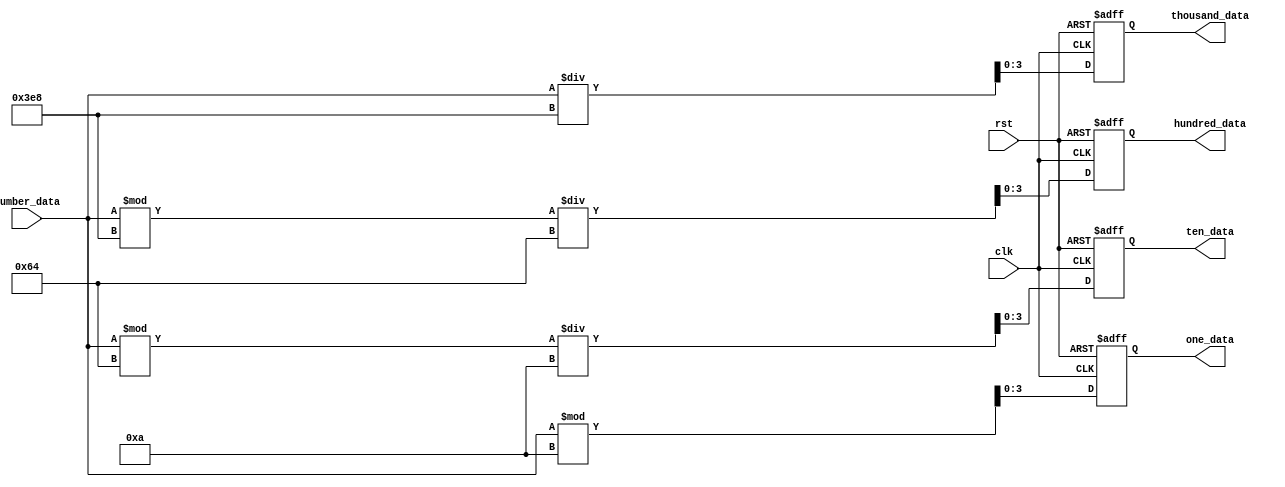
`timescale 1ns / 1ps
//////////////////////////////////////////////////////////////////////////////////
// Company: 
// Engineer: 
// 
// Design Name: 
// Module Name: seg_display
// Project Name: 
// Target Devices: 
// Tool Versions: 
// Description: 
// 
// Dependencies: 
// 
// Revision:
// Revision 0.01 - File Created
// Additional Comments:
// 
//////////////////////////////////////////////////////////////////////////////////


//**********   get_number   ************//
module get_number(clk, rst, number_data, one_data, ten_data, hundred_data, thousand_data);

input   clk, rst;
input   [15:0]  number_data;
output  [3:0]   one_data, ten_data, hundred_data, thousand_data;

reg [31:0] rone_data, rten_data, rhundred_data, rthousand_data;

always@(posedge clk or negedge rst)
    if(!rst)
    begin
       rone_data     <= 32'd0;
       rten_data     <= 32'd0; 
       rhundred_data <= 32'd0;
       rthousand_data<= 32'd0;
    end
    else
    begin
       rone_data      <= number_data%10;
       rthousand_data <= number_data/1000;
       rhundred_data  <= number_data%1000/100;
       rten_data      <= number_data%100/10;
     end
assign   one_data     = rone_data[3:0];
assign   ten_data     = rten_data[3:0];
assign   hundred_data = rhundred_data[3:0];
assign   thousand_data= rthousand_data[3:0];
     
endmodule


//**********   transform_code   ************//
module transform_code(clk, rst, one_data, ten_data, hundred_data, thousand_data,
                      one_seg_data, ten_seg_data, hundred_seg_data, thousand_seg_data);
input  clk, rst;
input  [3:0] one_data, ten_data, hundred_data, thousand_data;
output [7:0] one_seg_data, ten_seg_data, hundred_seg_data, thousand_seg_data;
reg [7:0]    rone_seg_data, rten_seg_data, rhundred_seg_data, rthousand_seg_data;
parameter  _0 = 8'b00111111, _1 = 8'b00000110, _2 = 8'b01011011, 
	         _3 = 8'b01001111, _4 = 8'b01100110, _5 = 8'b01101101, 
		     _6 = 8'b01111101, _7 = 8'b00000111, _8 = 8'b01111111,
		     _9 = 8'b01101111;
		   
always@(posedge clk or negedge rst)
    if(!rst)
    begin
        rone_seg_data     <= 8'b0000_0000;
    end
    else
        case(one_data)
            4'd0 : rone_seg_data    <= _0;
            4'd1 : rone_seg_data    <= _1;
            4'd2 : rone_seg_data    <= _2;
            4'd3 : rone_seg_data    <= _3;
            4'd4 : rone_seg_data    <= _4;
            4'd5 : rone_seg_data    <= _5;
            4'd6 : rone_seg_data    <= _6;
            4'd7 : rone_seg_data    <= _7;
            4'd8 : rone_seg_data    <= _8;
            4'd9 : rone_seg_data    <= _9;
        endcase
      
always@(posedge clk or negedge rst)
            if(!rst)
            begin
                rten_seg_data     <= 8'b0000_0000;
            end
            else
                case(ten_data)
                    4'd0 : rten_seg_data    <= _0;
                    4'd1 : rten_seg_data    <= _1;
                    4'd2 : rten_seg_data    <= _2;
                    4'd3 : rten_seg_data    <= _3;
                    4'd4 : rten_seg_data    <= _4;
                    4'd5 : rten_seg_data    <= _5;
                    4'd6 : rten_seg_data    <= _6;
                    4'd7 : rten_seg_data    <= _7;
                    4'd8 : rten_seg_data    <= _8;
                    4'd9 : rten_seg_data    <= _9;
                endcase
always@(posedge clk or negedge rst)
                    if(!rst)
                    begin
                        rhundred_seg_data     <= 8'b0000_0000;
                    end
                    else
                        case(hundred_data)
                            4'd0 : rhundred_seg_data    <= _0;
                            4'd1 : rhundred_seg_data    <= _1;
                            4'd2 : rhundred_seg_data    <= _2;
                            4'd3 : rhundred_seg_data    <= _3;
                            4'd4 : rhundred_seg_data    <= _4;
                            4'd5 : rhundred_seg_data    <= _5;
                            4'd6 : rhundred_seg_data    <= _6;
                            4'd7 : rhundred_seg_data    <= _7;
                            4'd8 : rhundred_seg_data    <= _8;
                            4'd9 : rhundred_seg_data    <= _9;
                        endcase
                        
always@(posedge clk or negedge rst)
                            if(!rst)
                            begin
                                rthousand_seg_data     <= 8'b0000_0000;
                            end
                            else
                                case(thousand_data)
                                    4'd0 : rthousand_seg_data    <= _0;
                                    4'd1 : rthousand_seg_data    <= _1;
                                    4'd2 : rthousand_seg_data    <= _2;
                                    4'd3 : rthousand_seg_data    <= _3;
                                    4'd4 : rthousand_seg_data    <= _4;
                                    4'd5 : rthousand_seg_data    <= _5;
                                    4'd6 : rthousand_seg_data    <= _6;
                                    4'd7 : rthousand_seg_data    <= _7;
                                    4'd8 : rthousand_seg_data    <= _8;
                                    4'd9 : rthousand_seg_data    <= _9;
                                endcase
                                
assign  one_seg_data= rone_seg_data;
assign  ten_seg_data= rten_seg_data;
assign  hundred_seg_data= rhundred_seg_data;
assign  thousand_seg_data= rthousand_seg_data;
            
endmodule

//**********   transform_code   ************//
module smg_scan(clk, rst,one_seg_data, ten_seg_data, hundred_seg_data, thousand_seg_data,
                row_scan_sig, column_scan_sig);
             
input clk,rst;
input [7:0] one_seg_data, ten_seg_data, hundred_seg_data, thousand_seg_data;
output [7:0] row_scan_sig;
output [3:0] column_scan_sig;
reg [19:0] count;
reg [2:0] count_column;
reg [7:0] rrow_scan_sig;
reg [3:0] rcolumn_scan_sig;
parameter t_5ms = 20'd99_999;
//parameter t_5ms = 5;
always@(posedge clk or negedge rst)
    if(!rst)
    begin
        count<=0;
    end
    else if(count==t_5ms)
        count<=0;
    else
        count<= count + 1;
    
always@(posedge clk or negedge rst) 
      if(!rst)
      begin
       count_column<=0;
      end
      else if(count_column==4)
      begin
        count_column<=0;
      end
      else if(count==t_5ms)
        count_column <= count_column+1;
        
always@(posedge clk or negedge rst)    
     if(!rst)
     begin
      rrow_scan_sig<=0;
      rcolumn_scan_sig<=0;
     end
     else if(count==t_5ms)
       case(count_column)
            3'd0: begin
                     rcolumn_scan_sig <= 4'b0001;
                     rrow_scan_sig<=one_seg_data;
                  end
            3'd1: begin
                     rcolumn_scan_sig<=4'b0010;
                     rrow_scan_sig<=ten_seg_data;                 
                  end
            3'd2: begin
                     rcolumn_scan_sig<=4'b0100;                
                     rrow_scan_sig<=hundred_seg_data;                 
                  end
            3'd3: begin
                    rcolumn_scan_sig<=4'b1000;
                     rrow_scan_sig<=thousand_seg_data;                 
                  end
         endcase
assign column_scan_sig= rcolumn_scan_sig;
assign row_scan_sig =rrow_scan_sig;
endmodule